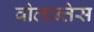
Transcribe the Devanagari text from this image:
वोलान्तेस